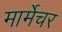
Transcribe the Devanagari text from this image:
मार्मेचर